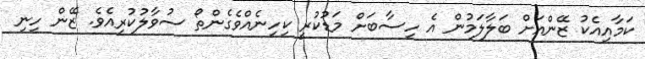
ކަމާއިއެކު ޒޭންއަށް ބަލާލަމުން އެ ހިސާބަށް މަޑުކުރީ ކިހިނެއްވެގެންތޯ ސުވާލުކުރިއެވެ. ޒޭން ހިނި